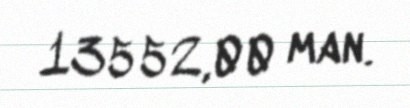
13552,00 man.